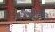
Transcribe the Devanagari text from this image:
२१३एक्स